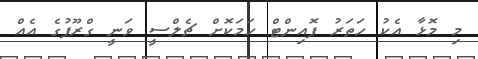
މި މޮޅާ އެކު ހަތަރު ޕޮއިންޓް ހަމަކޮށް ޗެލްސީ ވަނީ ގްރޫޕުގެ އެއް